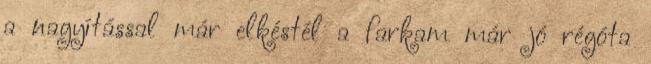
a nagyítással már elkéstél a farkam már jó régóta